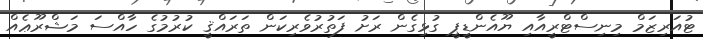
ޓުއަރިޒަމް މިނިސްޓްރީއާއި ޔޫއެންޑީޕީ ގުޅިގެން ރަށު ފަތުރުވެރިކަން ތަރައްޤީ ކުރުމުގެ ހާއްސަ މަޝްރޫޢެއް